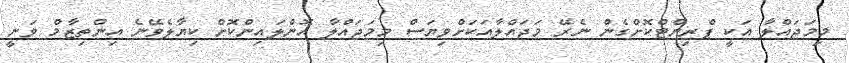
މިމަޖައްލާ އަކީ ޕްރިންޓްކޮށްގެން ނެރޭ މަޖައްލާއަކަށްވިޔަސް މިމަޖައްލާ އޮންލައިންކޮށް ކިޔާލެވޭނެ އިންތިޒާމް ވަނީ